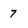
Character: 7